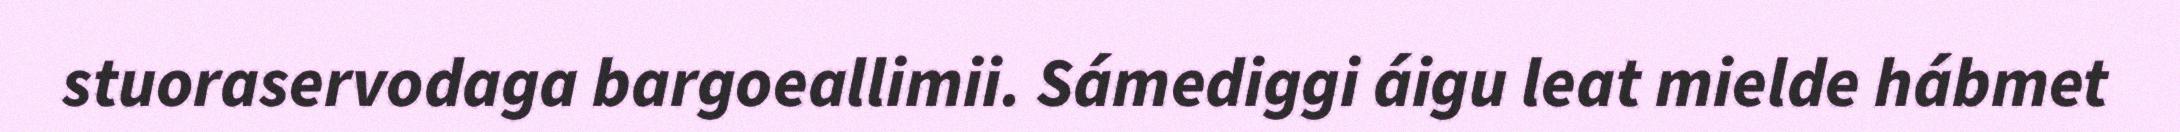
stuoraservodaga bargoeallimii. Sámediggi áigu leat mielde hábmet